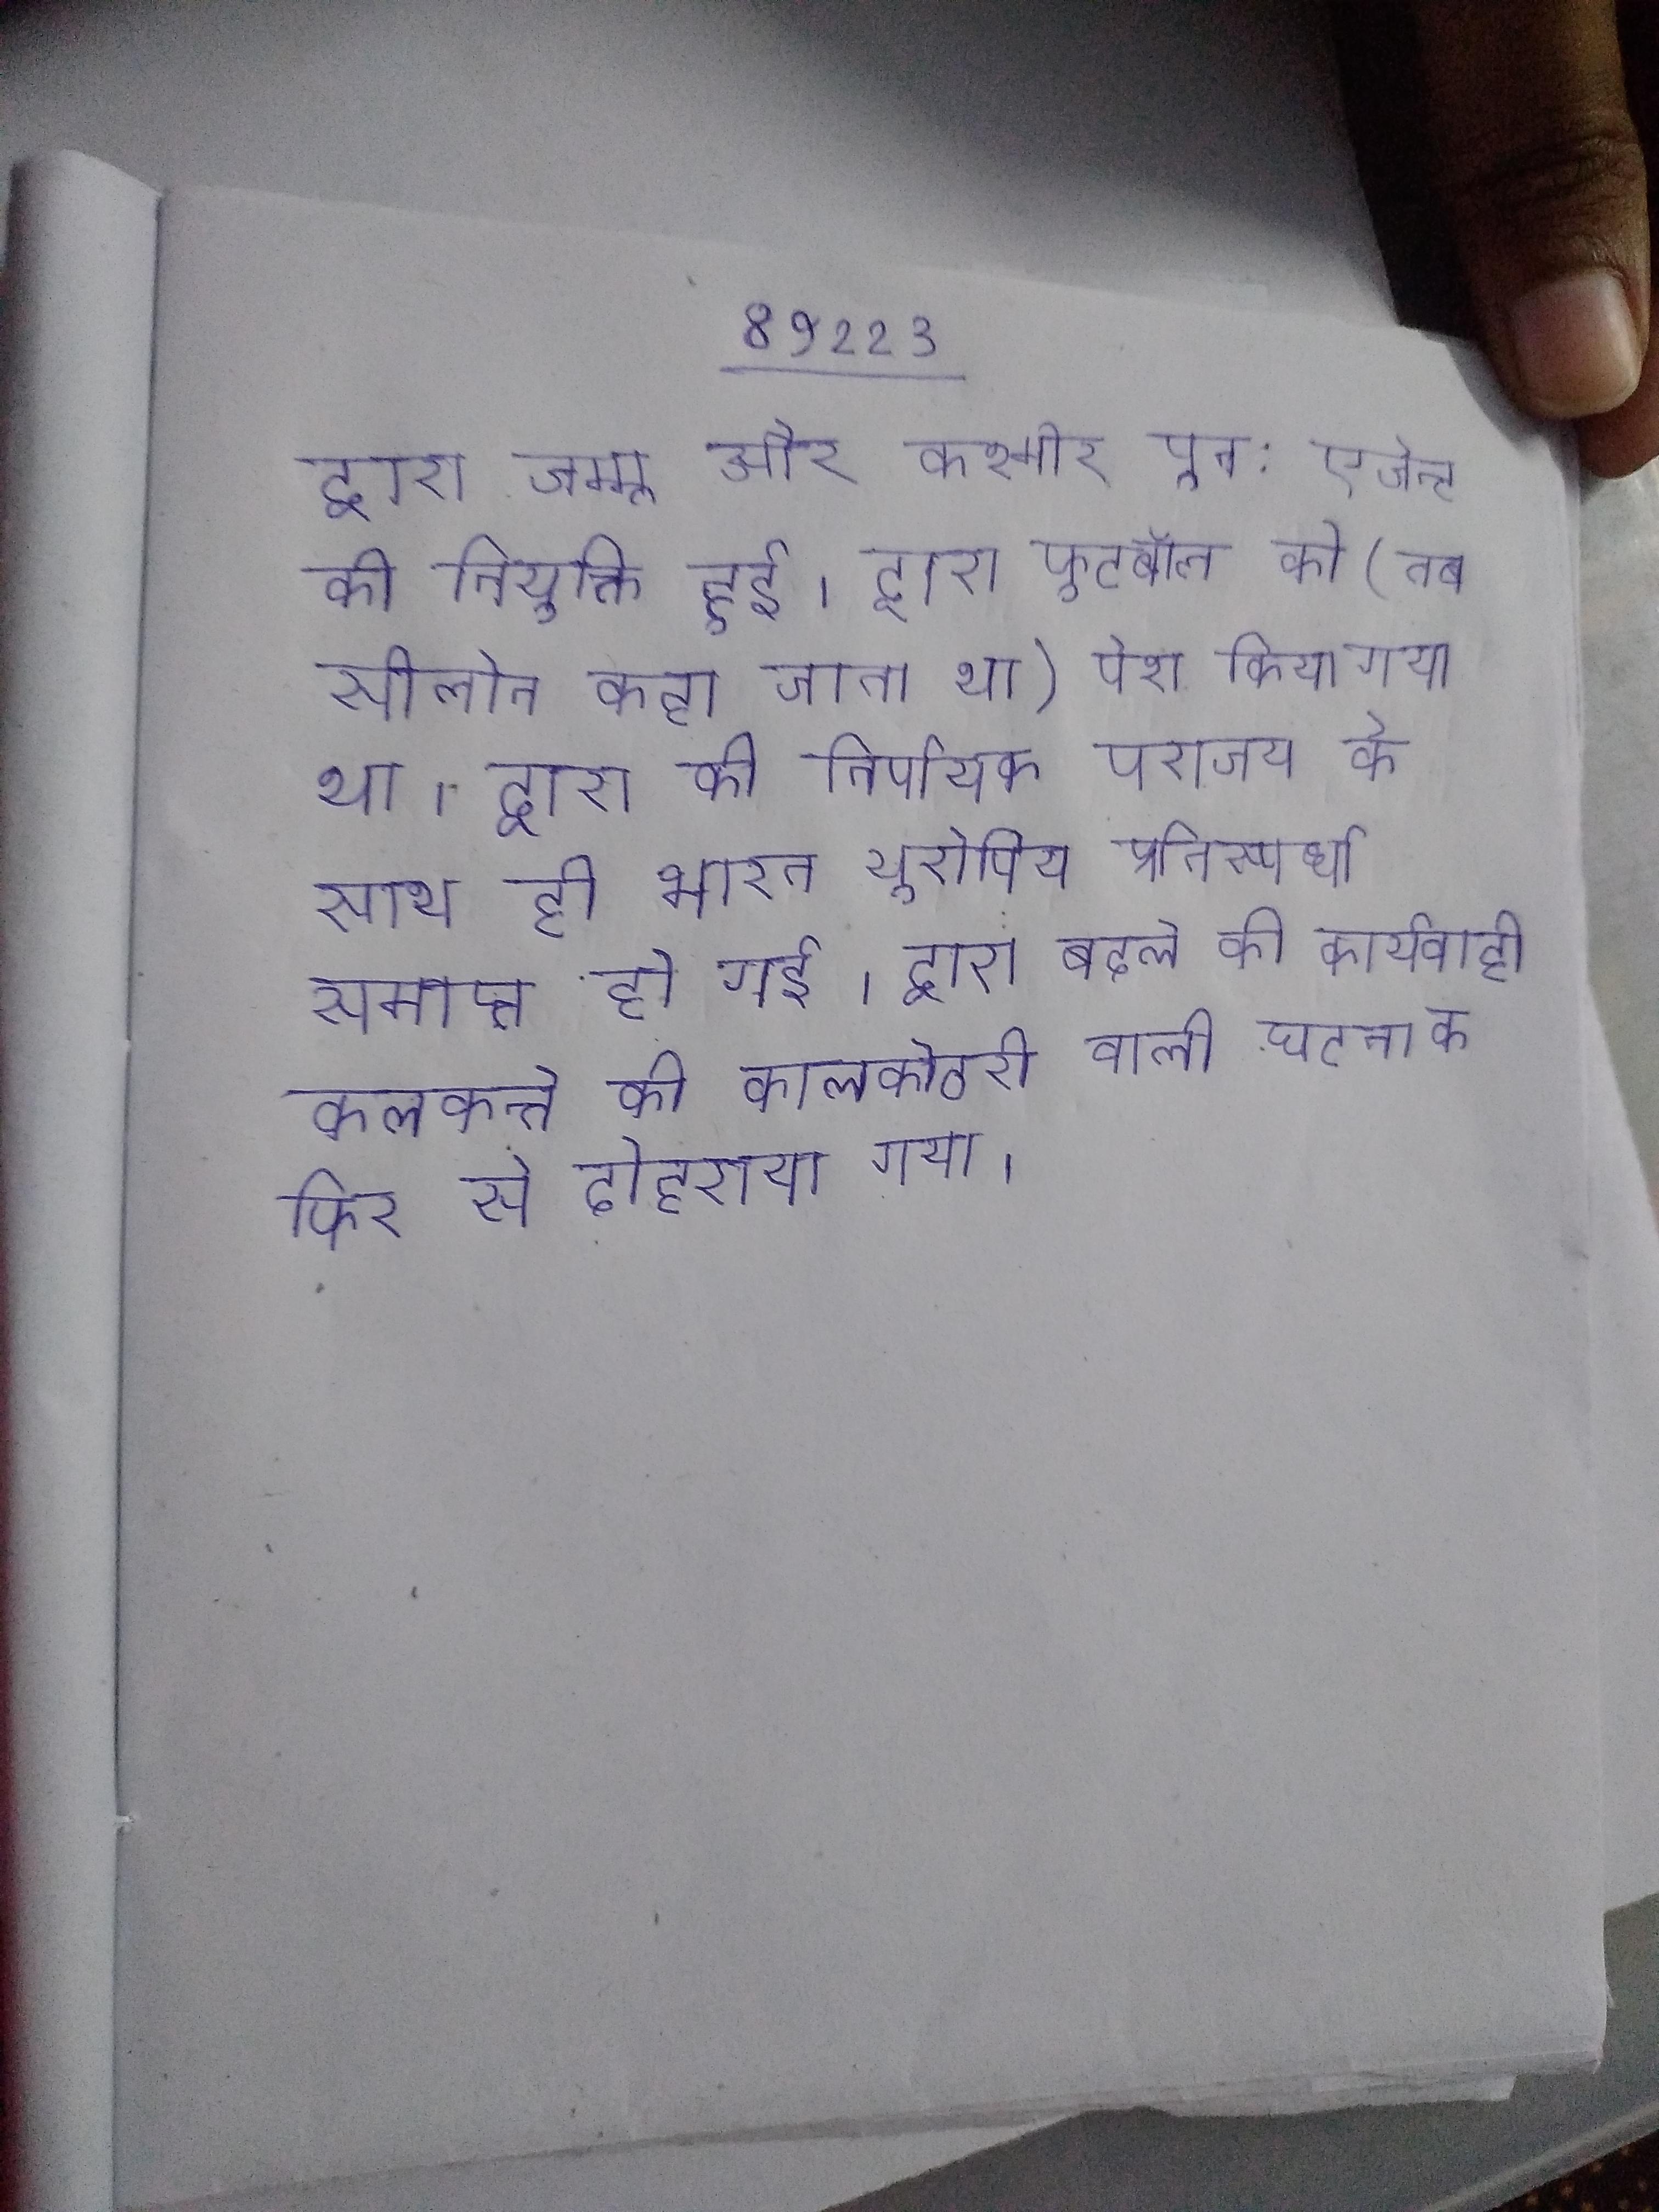
द्वारा जम्मू और कश्मीर पुन: एजेन्ट की नियुक्ति हुई । द्वारा फुटबॉल को (तब सीलोन कहा जाता था) पेश किया गया था । द्वारा की निर्णायक पराजय के साथ ही भारत यूरोपिय प्रतिस्पर्धा समाप्त हो गई । द्वारा बदले की कार्यवाही कलकत्ते की कालकोठरी वाली घटना को फिर से दोहराया गया ।